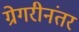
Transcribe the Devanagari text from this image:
ग्रेगरीनंतर